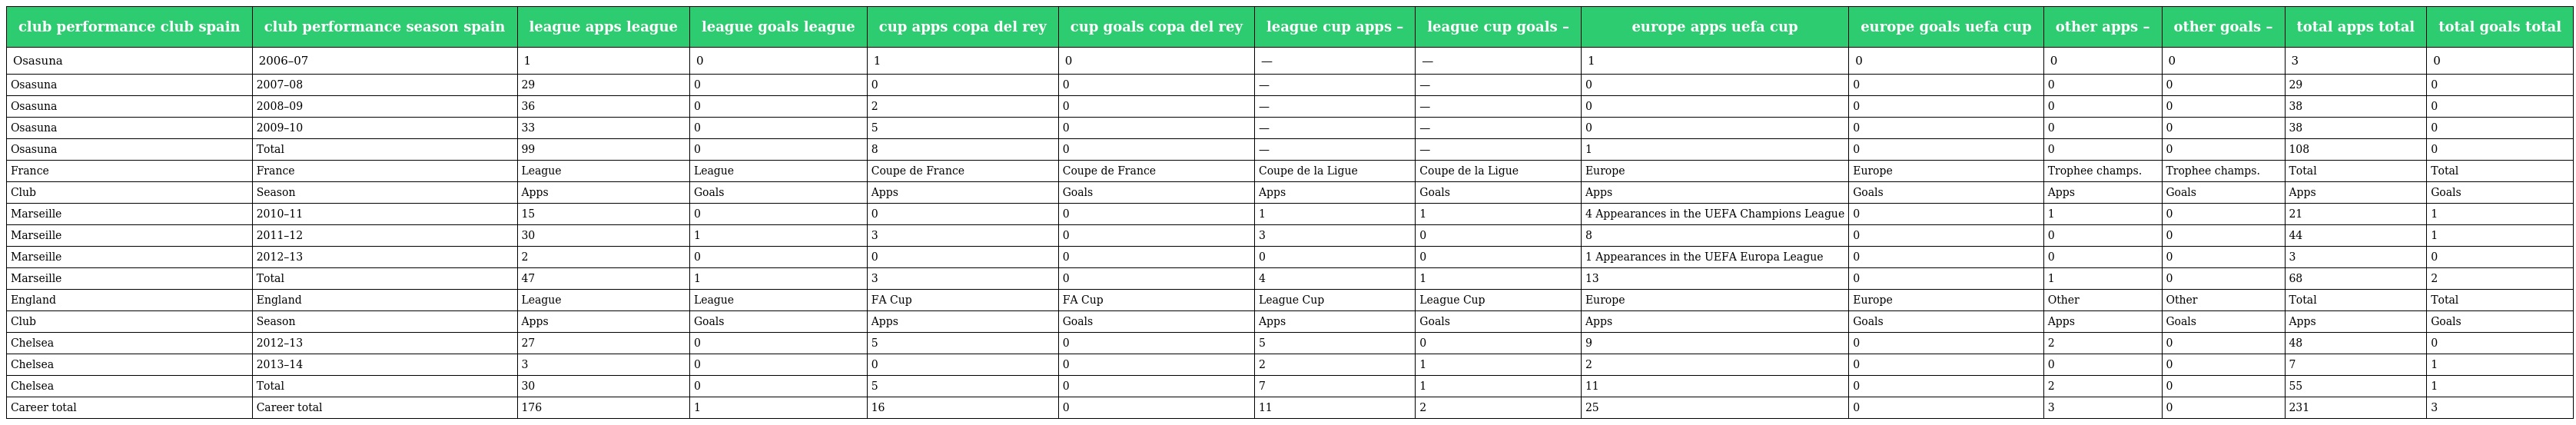
| club performance club spain | club performance season spain | league apps league | league goals league | cup apps copa del rey | cup goals copa del rey | league cup apps – | league cup goals – | europe apps uefa cup | europe goals uefa cup | other apps – | other goals – | total apps total | total goals total |
 | --- | --- | --- | --- | --- | --- | --- | --- | --- | --- | --- | --- | --- | --- |
 | Osasuna | 2006–07 | 1 | 0 | 1 | 0 | — | — | 1 | 0 | 0 | 0 | 3 | 0 |
 | Osasuna | 2007–08 | 29 | 0 | 0 | 0 | — | — | 0 | 0 | 0 | 0 | 29 | 0 |
 | Osasuna | 2008–09 | 36 | 0 | 2 | 0 | — | — | 0 | 0 | 0 | 0 | 38 | 0 |
 | Osasuna | 2009–10 | 33 | 0 | 5 | 0 | — | — | 0 | 0 | 0 | 0 | 38 | 0 |
 | Osasuna | Total | 99 | 0 | 8 | 0 | — | — | 1 | 0 | 0 | 0 | 108 | 0 |
 | France | France | League | League | Coupe de France | Coupe de France | Coupe de la Ligue | Coupe de la Ligue | Europe | Europe | Trophee champs. | Trophee champs. | Total | Total |
 | Club | Season | Apps | Goals | Apps | Goals | Apps | Goals | Apps | Goals | Apps | Goals | Apps | Goals |
 | Marseille | 2010–11 | 15 | 0 | 0 | 0 | 1 | 1 | 4 Appearances in the UEFA Champions League | 0 | 1 | 0 | 21 | 1 |
 | Marseille | 2011–12 | 30 | 1 | 3 | 0 | 3 | 0 | 8 | 0 | 0 | 0 | 44 | 1 |
 | Marseille | 2012–13 | 2 | 0 | 0 | 0 | 0 | 0 | 1 Appearances in the UEFA Europa League | 0 | 0 | 0 | 3 | 0 |
 | Marseille | Total | 47 | 1 | 3 | 0 | 4 | 1 | 13 | 0 | 1 | 0 | 68 | 2 |
 | England | England | League | League | FA Cup | FA Cup | League Cup | League Cup | Europe | Europe | Other | Other | Total | Total |
 | Club | Season | Apps | Goals | Apps | Goals | Apps | Goals | Apps | Goals | Apps | Goals | Apps | Goals |
 | Chelsea | 2012–13 | 27 | 0 | 5 | 0 | 5 | 0 | 9 | 0 | 2 | 0 | 48 | 0 |
 | Chelsea | 2013–14 | 3 | 0 | 0 | 0 | 2 | 1 | 2 | 0 | 0 | 0 | 7 | 1 |
 | Chelsea | Total | 30 | 0 | 5 | 0 | 7 | 1 | 11 | 0 | 2 | 0 | 55 | 1 |
 | Career total | Career total | 176 | 1 | 16 | 0 | 11 | 2 | 25 | 0 | 3 | 0 | 231 | 3 |